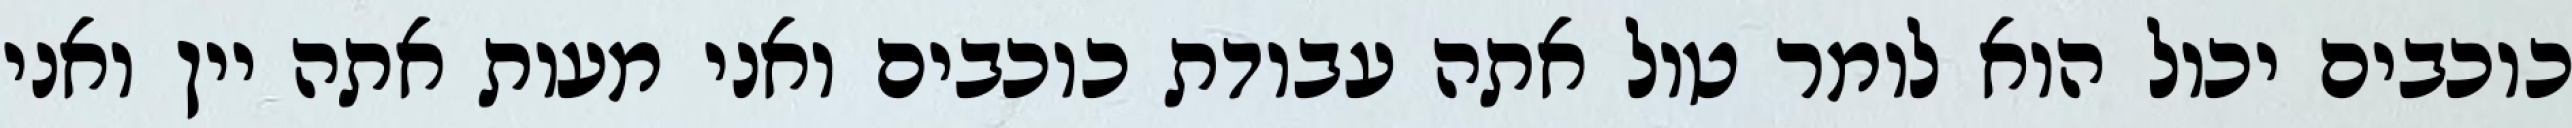
כוכבים יכול הוא לומר טול אתה עבודת כוכבים ואני מעות אתה יין ואני